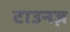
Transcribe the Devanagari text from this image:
टाउनज़